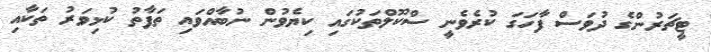
ޓީޗަރުންގެ ދުވަސް ފާހަގަ ކުރެވެނީ ސްކޫލްތަކުގައި ކިޔެވުން ނުބާއްވައި ތަފާތު ކުޅިވަރު ތަކާއި